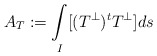
\begin{align*}A_T:= \underset{I}{\int}[(T^{\perp})^{t} T^{\perp}] ds \end{align*}